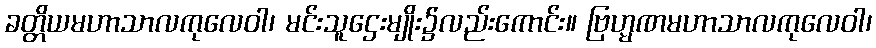
ခတ္တိယမဟာသာလကုလေဝါ၊ မင်းသူဌေးမျိုး၌လည်းကောင်း။ ဗြဟ္မဏမဟာသာလကုလေဝါ၊